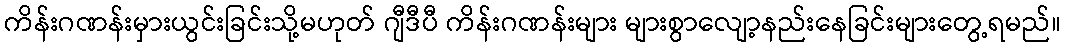
ကိန်းဂဏန်းမှားယွင်းခြင်းသို့မဟုတ် ဂျီဒီပီ ကိန်းဂဏန်းများ များစွာလျော့နည်းနေခြင်းများတွေ့ရမည်။